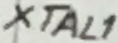
Text: XTAL1